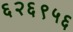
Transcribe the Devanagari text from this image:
६२६९५६